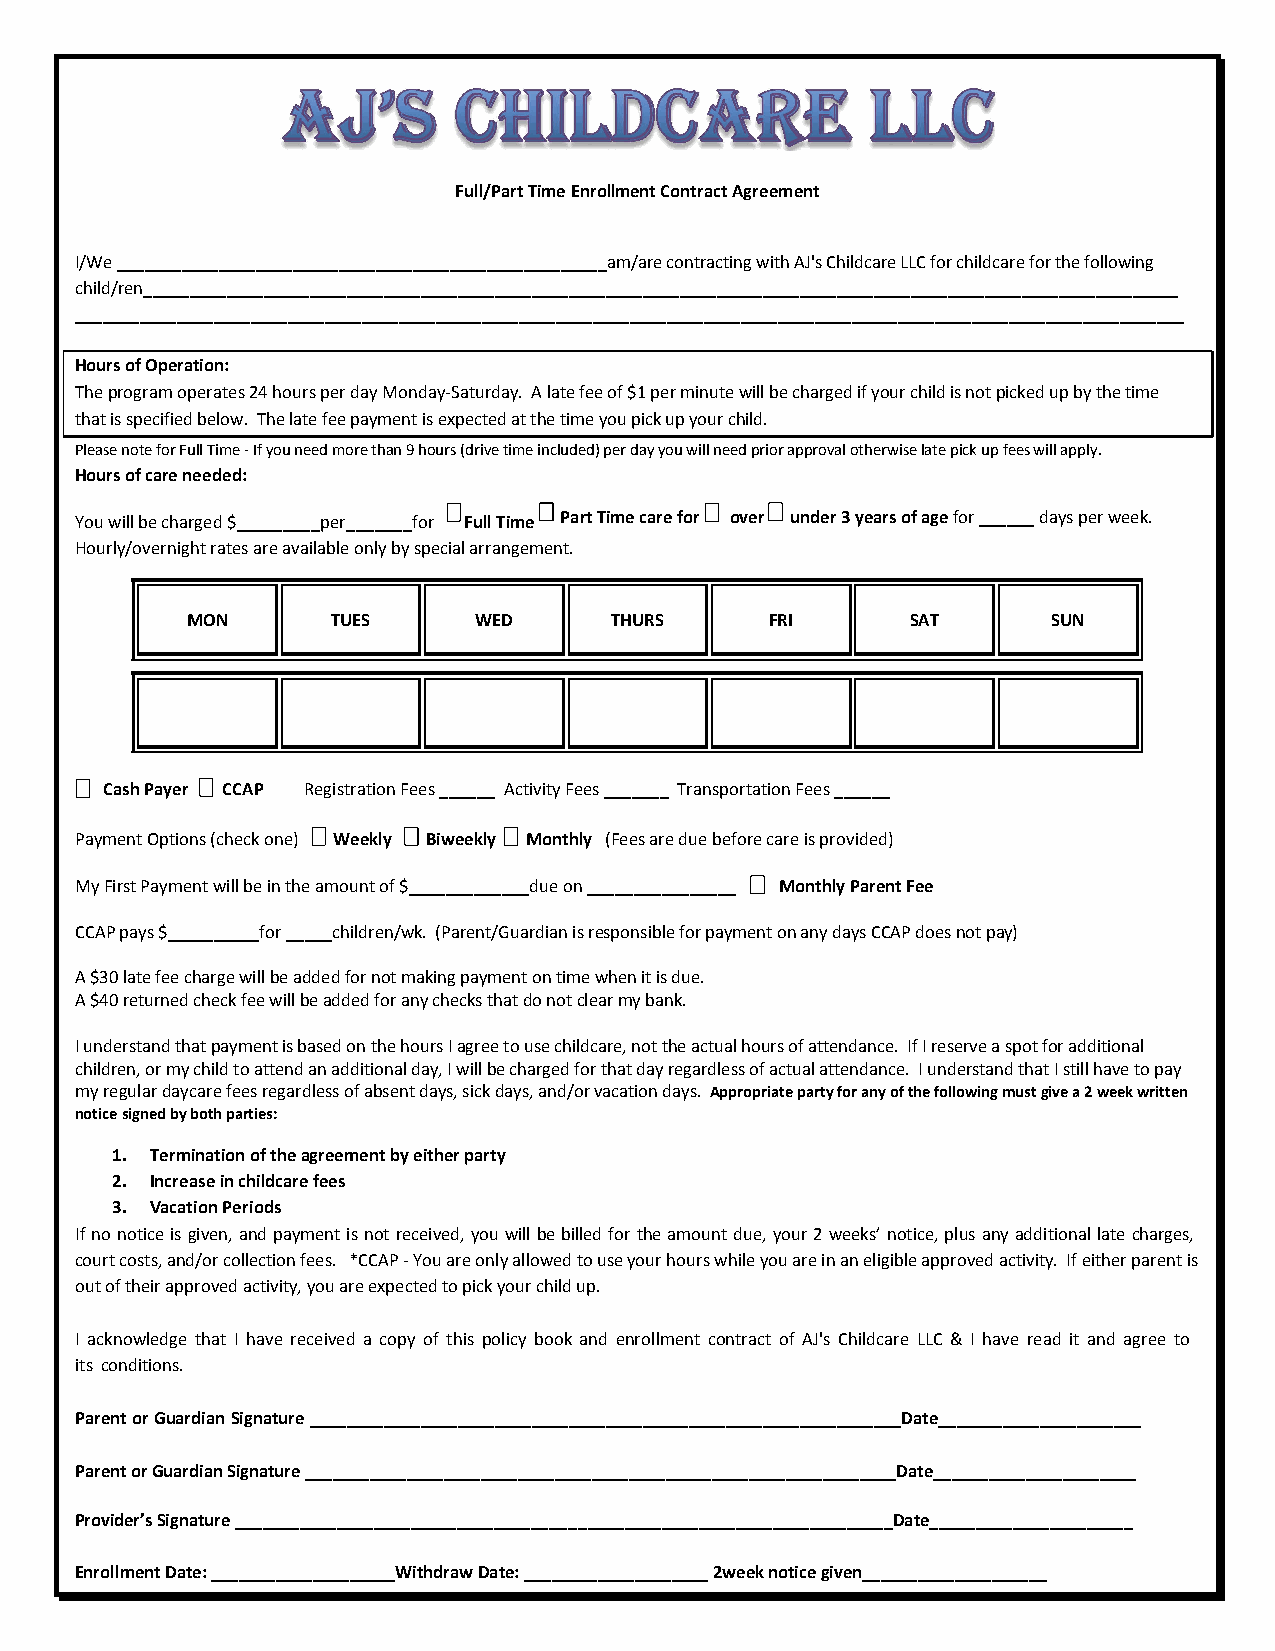
Full/Part Time Enrollment Contract Agreement
 I/We _____________________________________________________am/are contracting with AJ's Childcare LLC for childcare for the following
 child/ren________________________________________________________________________________________________________________
 ________________________________________________________________________________________________________________________
 Hours of Operation:
 The program operates 24 hours per day Monday-Saturday. A late fee of $1 per minute will be charged if your child is not picked up by the time
 that is specified below. The late fee payment is expected at the time you pick up your child.
 Please note for Full Time - If you need more than 9 hours (drive time included) per day you will need prior approval otherwise late pick up fees will apply.
 Hours of care needed:
 You will be charged $_________per_______for F u ll Time P art Time care for over under 3 years of age for ______ days per week.
 Hourly/overnight rates are available only by special arrangement.
 MON       TUES     WED      THURS      FRI      SAT       SUN
 Cash Payer CCAP Registration Fees ______ Activity Fees _______ Transportation Fees ______
 Payment Options (check one) Weekly Biweekly Monthly (Fees are due before care is provided)
 My First Payment will be in the amount of $_____________due on ________________ Monthly Parent Fee
 CCAP pays $__________for _____children/wk. (Parent/Guardian is responsible for payment on any days CCAP does not pay)
 A $30 late fee charge will be added for not making payment on time when it is due.
 A $40 returned check fee will be added for any checks that do not clear my bank.
 I understand that payment is based on the hours I agree to use childcare, not the actual hours of attendance. If I reserve a spot for additional
 children, or my child to attend an additional day, I will be charged for that day regardless of actual attendance. I understand that I still have to pay
 my regular daycare fees regardless of absent days, sick days, and/or vacation days. Appropriate party for any of the following must give a 2 week written
 notice signed by both parties:
 1. Termination of the agreement by either party
 2. Increase in childcare fees
 3. Vacation Periods
 If no notice is given, and payment is not received, you will be billed for the amount due, your 2 weeks’ notice, plus any additional late charges,
 court costs, and/or collection fees. *CCAP - You are only allowed to use your hours while you are in an eligible approved activity. If either parent is
 out of their approved activity, you are expected to pick your child up.
 I acknowledge that I have received a copy of this policy book and enrollment contract of AJ's Childcare LLC & I have read it and agree to
 its conditions.
 Parent or Guardian Signature ________________________________________________________________Date______________________
 Parent or Guardian Signature ________________________________________________________________Date______________________
 Provider’s Signature _______________________________________________________________________Date______________________
 Enrollment Date: ____________________Withdraw Date: ____________________ 2week notice given____________________